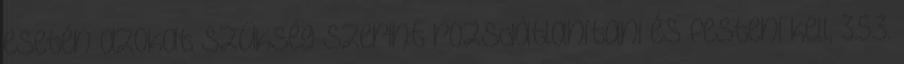
esetén azokat szükség szerint rozsdátlanítani és festeni kell, 3.5.3.